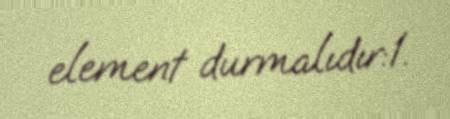
element durmalıdır:1.